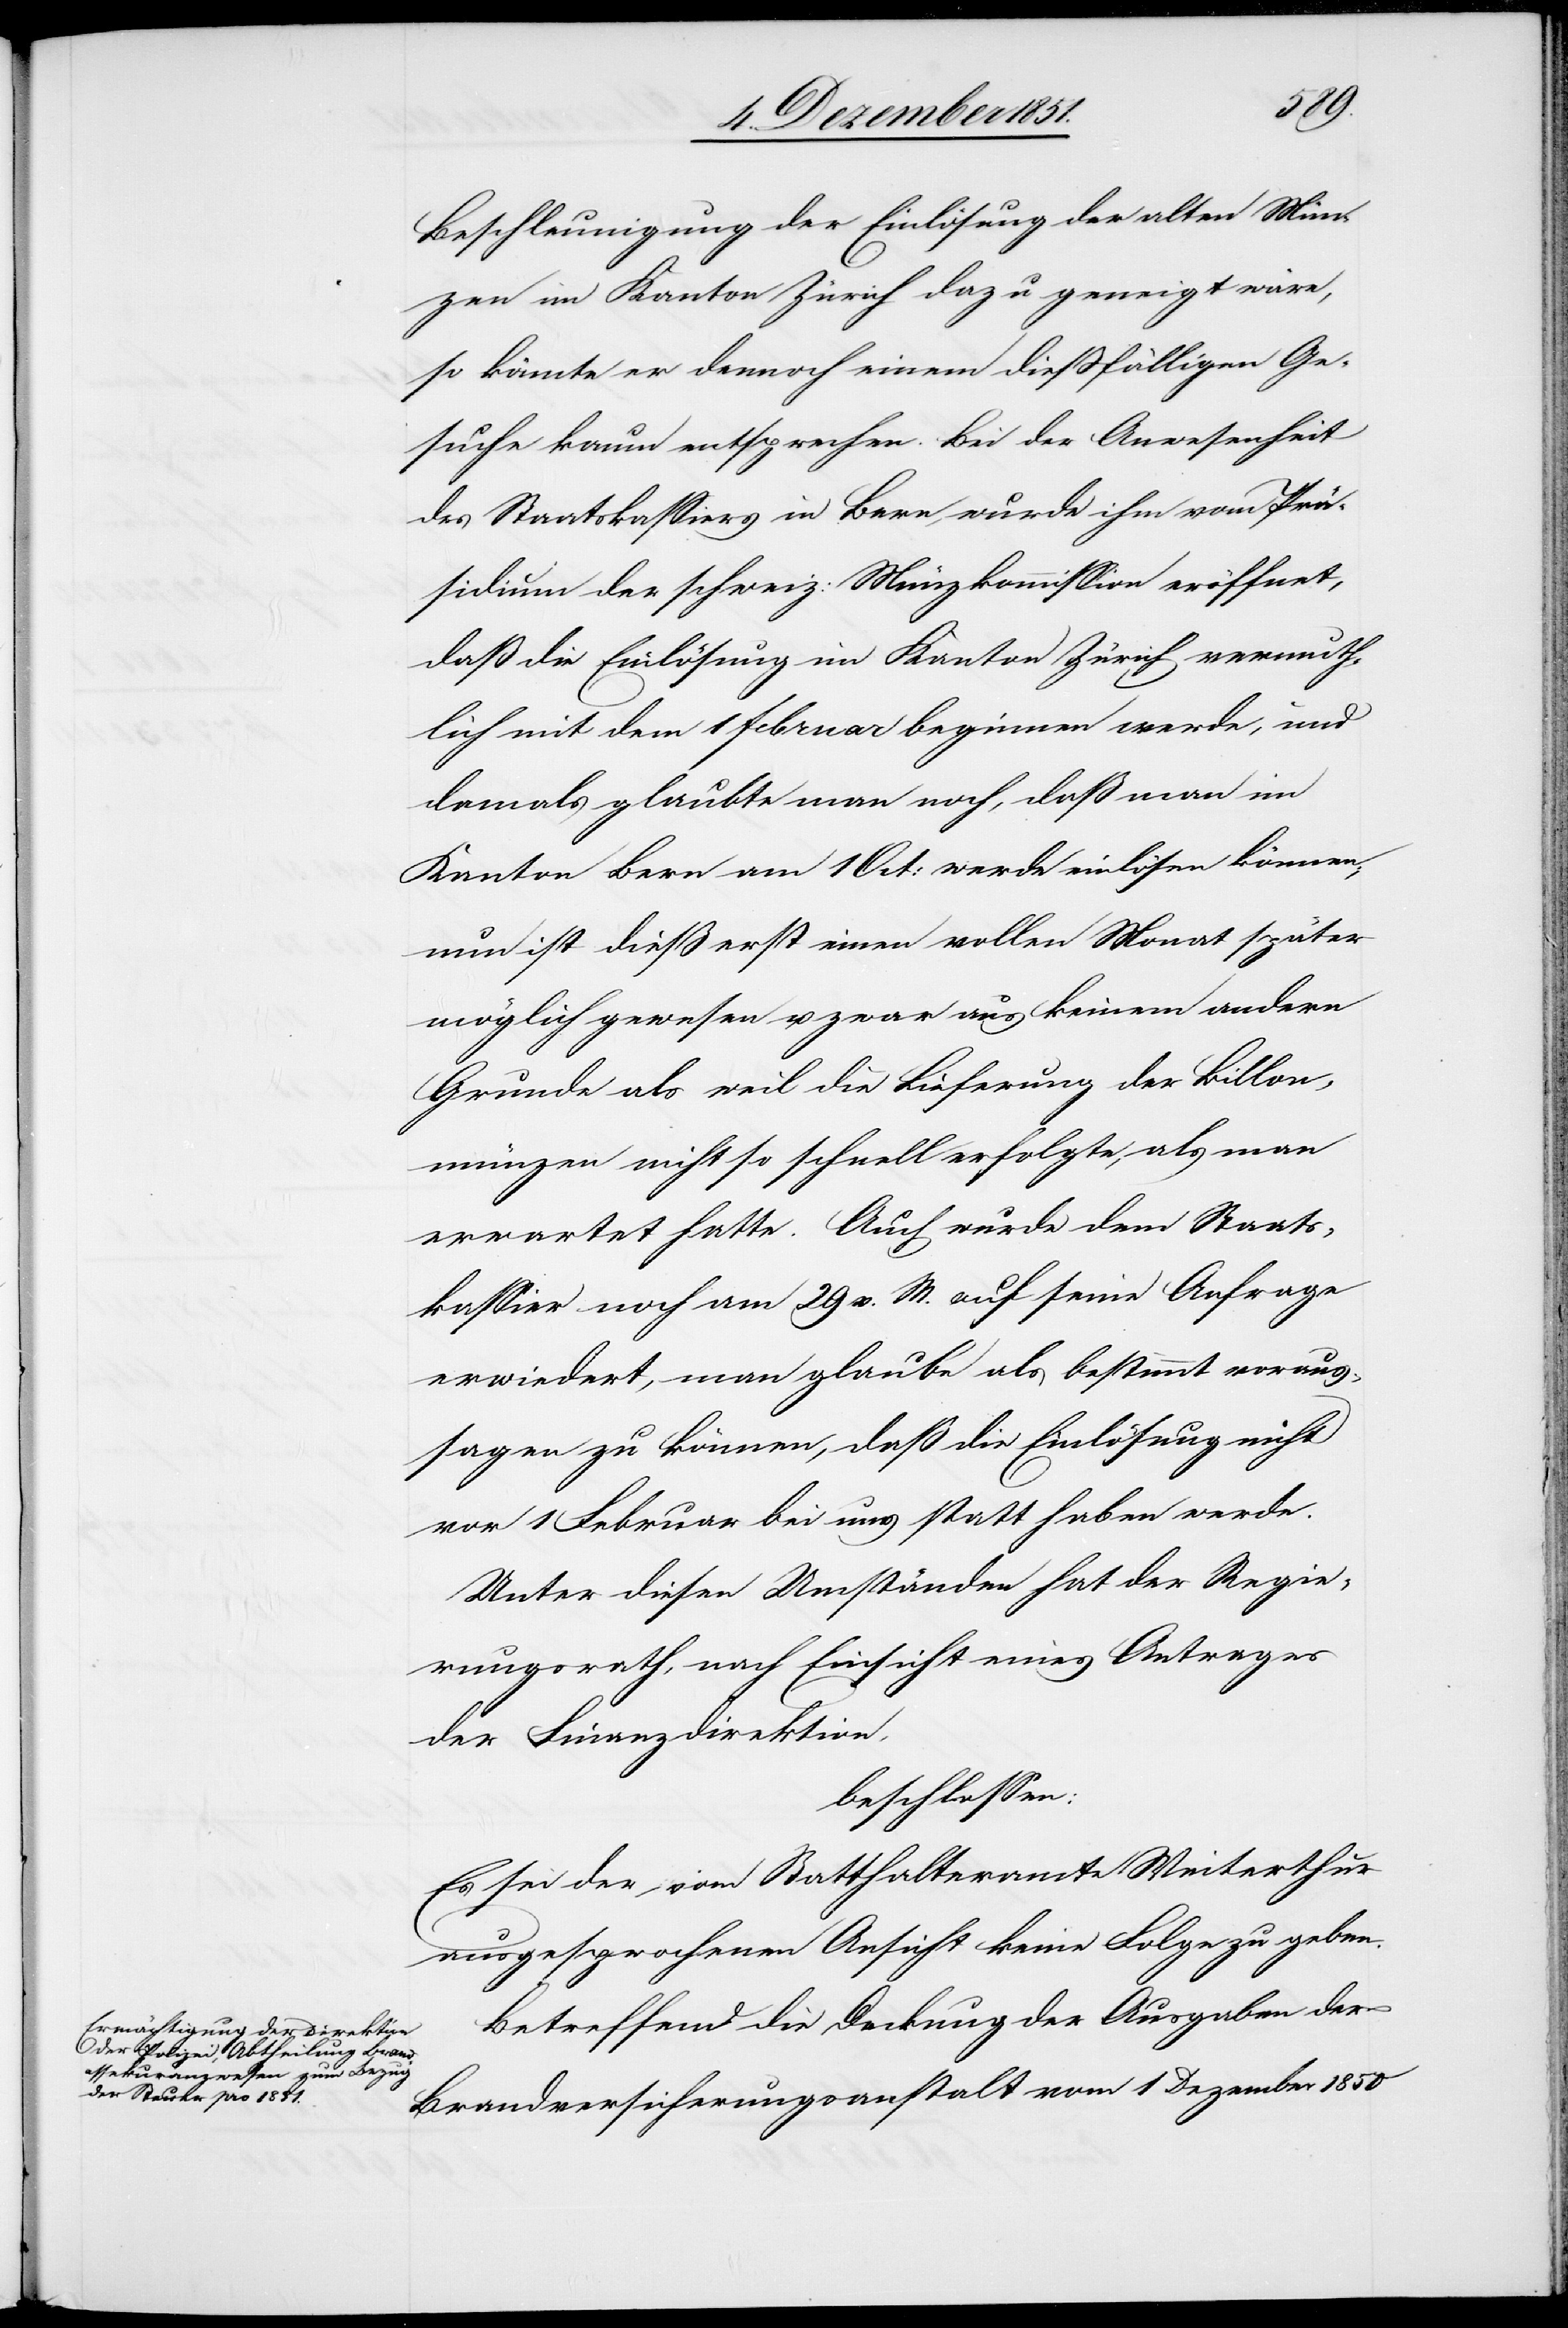
Beschleunigung der Einlösung der alten Mün¬
zen im Kanton Zürich dazu geneigt wäre,
so könnte er dennoch einem dießfälligen Ge¬
suche kaum entsprechen. Bei der Anwesenheit
des Staatskassiers in Bern, wurde ihm vom Prä¬
sidium der schweiz: Münzkommission eröffnet,
daß die Einlösung im Kanton Zürich vermuth¬
lich mit dem1 Februar beginnen werde, und
damals glaubte man noch, daß man im
Kanton Bern am 1 Oct: werde einlösen können;
nun ist dieß erst einen vollen Monat später
möglich gewesen u. zwar aus keinem andern
Grunde als weil die Lieferung der Billon¬
münzen nicht so schnell erfolgte, als man
erwartet hatte. Auch wurde dem Staats¬
kassier noch am 29 v. M. auf seine Anfrage
erwiedert, man glaube als bestimmt voraus¬
sagen zu können, daß die Einlösung nicht
vor 1 Februar bei uns statt haben werde.
Unter diesen Umständen hat der Regie¬
rungsrath, nach Einsicht eines Antrages
der Finanzdirektion,
beschlossen:
Es sei der vom Statthalteramte Winterthur
ausgesprochenen Ansicht keine Folge zu geben.
Betreffend die Deckung der Ausgaben der
Brandversicherungsanstalt vom 1 Dezember 1850